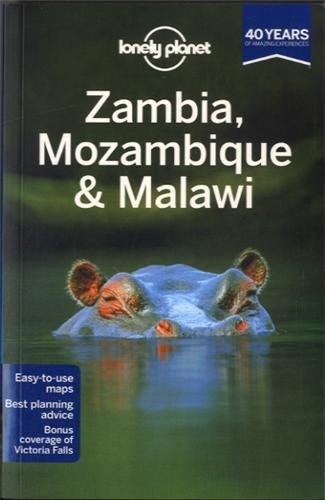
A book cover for Lonely Planet Zambia, Mozambique & Malawi (Travel Guide) by Lonely Planet, Fitzpatrick, Grosberg, Holden, Morgan, Ray, W (2013) Paperback; Travel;